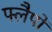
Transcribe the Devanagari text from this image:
फ्लैपों